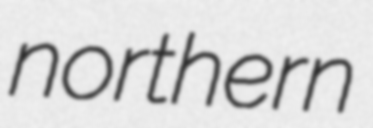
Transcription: northern